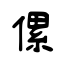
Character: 傫